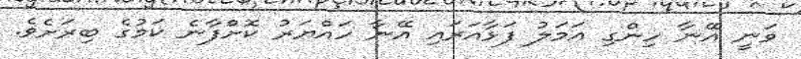
ވަނީ އޭނާ ހިންގި އަމަލު ފަޅާއަރައި އޭނާ ހައްޔަރު ކޮށްފާނެ ކަމުގެ ބިރަށެވެ.